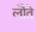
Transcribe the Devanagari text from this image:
लौते